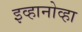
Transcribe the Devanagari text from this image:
इव्हानोव्हा